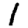
Digit: 1